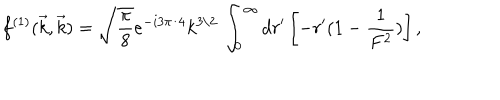
LaTeX: f ^ { ( 1 ) } ( \vec { k } , \vec { k } ) = \sqrt { \frac { \pi } { 8 } } e ^ { - i 3 \pi / 4 } k ^ { 3 / 2 } \, \int _ { 0 } ^ { \infty } d r ^ { \prime } \left[ - r ^ { \prime } ( 1 - \frac { 1 } { F ^ { 2 } } ) \right] ,